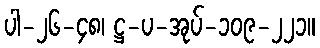
ပါ-၂၆-၄၈၊ ဋ္ဌ-ပ-အုပ်-၁၀၉-၂၂၁။